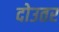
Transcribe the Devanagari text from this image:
दोउतर